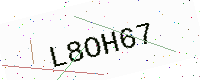
Text: L8OH67